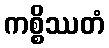
ကစ္စိဿတံ